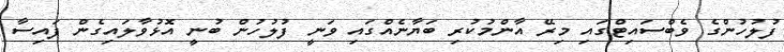
ފުލުހުންގެ ވެބްސައިޓްގައި މިރޭ އާންމުކުރި ބަޔާނެއްގައި ވަނީ ފުލުހުން ބުނީ އޮޅުވާލައިގެން ފައިސާ